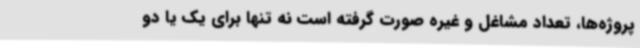
پروژه‌ها، تعداد مشاغل و غیره صورت گرفته است نه تنها برای یک یا دو